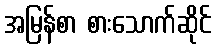
အမြန်စာ စားသောက်ဆိုင်